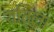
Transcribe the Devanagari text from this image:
शतिला